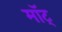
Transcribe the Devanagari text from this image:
माॅट्